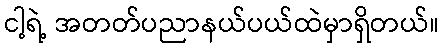
ငါ့ရဲ့ အတတ်ပညာနယ်ပယ်ထဲမှာရှိတယ်။